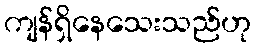
ကျန်ရှိနေသေးသည်ဟု